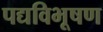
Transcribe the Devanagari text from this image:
पद्यविभूषण